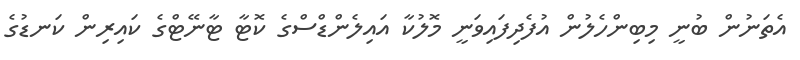
އެތަނުން ބުނީ މިބިންހެލުން އުފެދިފައިވަނީ މޮލުކާ އައިލެންޑްސްގެ ކޮޓާ ޓާނޭޓްގެ ކައިރިން ކަނޑުގެ